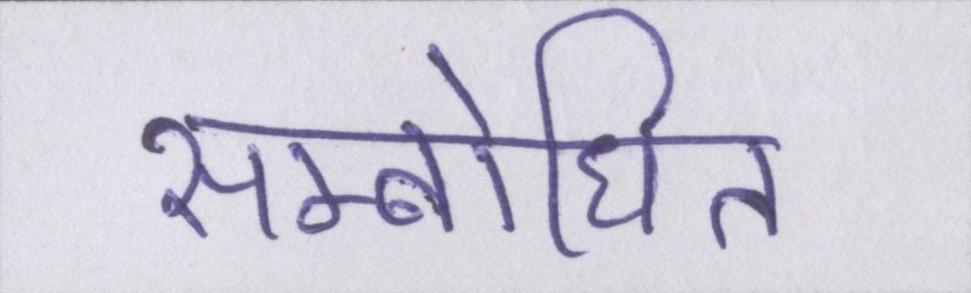
सम्बोधित